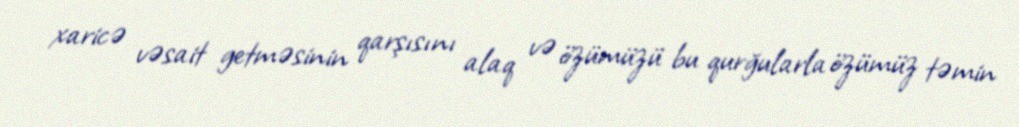
xaricə vəsait getməsinin qarşısını alaq və özümüzü bu qurğularla özümüz təmin